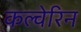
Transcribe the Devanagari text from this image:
कल्वेरिन